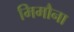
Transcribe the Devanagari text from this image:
मिमौना